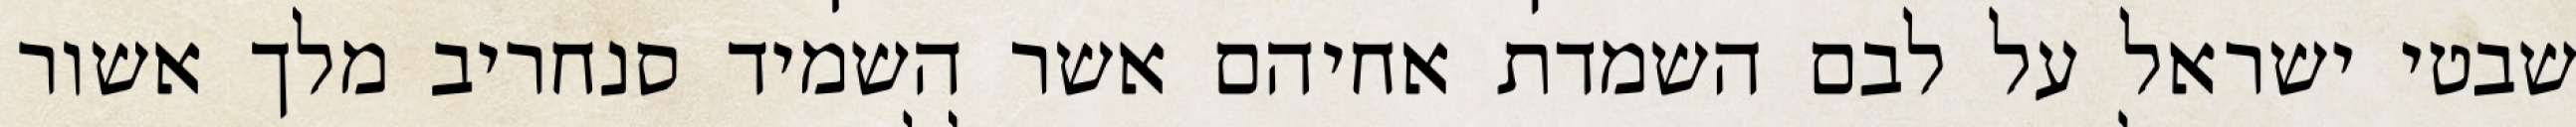
שבטי ישראל על לבם השמדת אחיהם אשר השמיד סנחריב מלך אשור